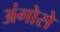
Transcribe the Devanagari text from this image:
अंगोसे